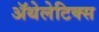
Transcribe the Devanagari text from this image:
ॲथेलेटिक्स